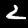
Digit: 2